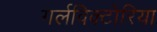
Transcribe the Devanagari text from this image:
गर्लविक्टोरिया